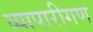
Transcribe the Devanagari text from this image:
व्‍यापारीगण